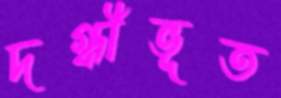
দগ্ধীভূত